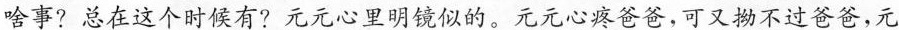
啥事? 总在这个时候有? 元元心里明镜似的。元元心疼爸爸，可又拗不过爸爸，元